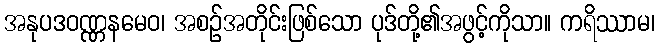
အနုပဒဝဏ္ဏနမေဝ၊ အစဉ်အတိုင်းဖြစ်သော ပုဒ်တို့၏အဖွင့်ကိုသာ။ ကရိဿာမ၊